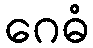
ဂေဓံ